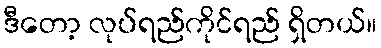
ဒီတော့ လုပ်ရည်ကိုင်ရည် ရှိတယ်။